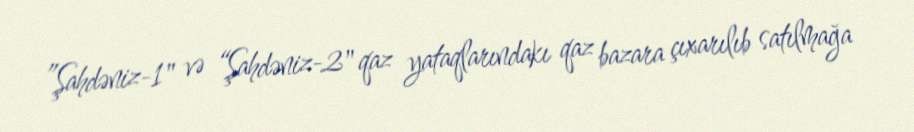
”Şahdəniz-1" və “Şahdəniz-2" qaz yataqlarındakı qaz bazara çıxarılıb satılmağa